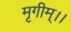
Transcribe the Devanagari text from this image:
मृगीम्।।